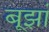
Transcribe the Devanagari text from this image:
बूझां